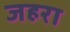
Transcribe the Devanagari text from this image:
जहरा